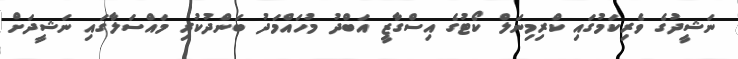
ނަޝީދުގެ ވެރިކަމުގައި ކްރިމިނަލް ކޯޓުގެ އިސްގާޒީ އަބްދު މުހައްމަދު ބަންދުކުރި މައްސަލާގައި ނަޝީދަށް